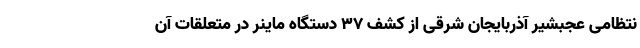
نتظامی عجبشیر آذربایجان شرقی از کشف ۳۷ دستگاه ماینر در متعلقات آن